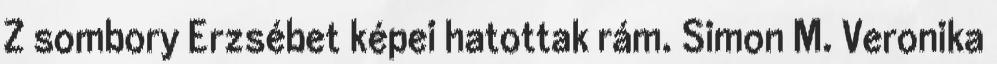
Z sombory Erzsébet képei hatottak rám. Simon M. Veronika